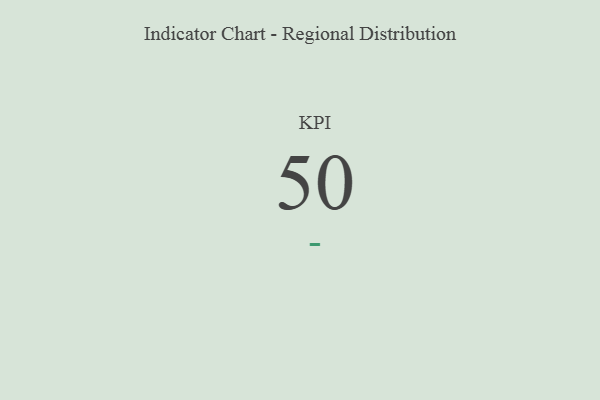
{"axis": {"x": "KPI", "y": "Value"}, "legend": [""], "data": [{"x": "KPI", "y": 50, "type": ""}]}